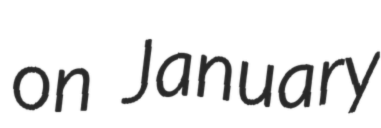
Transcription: on January